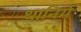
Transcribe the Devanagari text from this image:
थानिये